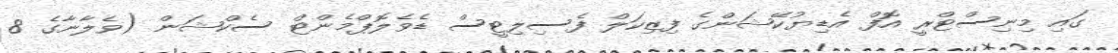
ގައި މިނިސްޓްރީ އޮފް އެޑިޔުކޭޝަންގެ ފިޒިކަލް ފެސިލިޓީސް ޑެވެލޮޕްމެންޓް ސެކްޝަން (ވެލާނާގެ 8